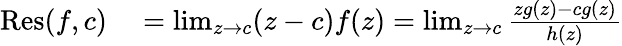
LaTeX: \begin{array}{rl}{\operatorname{Res}(f,c)}&{{}=\operatorname*{lim}_{z\to c}(z-c)f(z)=\operatorname*{lim}_{z\to c}{\frac{zg(z)-cg(z)}{h(z)}}}\end{array}